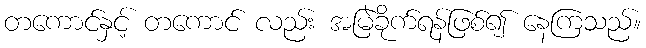
တကောင်နှင့် တကောင် လည်း အမြဲခိုက်ရန်ဖြစ်၍ နေကြသည်။